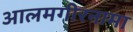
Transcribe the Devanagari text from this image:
आलमगीरनामा